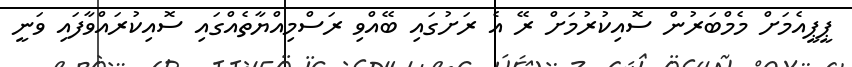
ޕީޕީއެމަށް މެމްބަރުން ސޮއިކުރުމަށް ރޭ އެ ރަށުގައި ބޭއްވި ރަސްމިއްޔާތެއްގައި ސޮއިކުރައްވާފައި ވަނީ